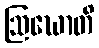
ဩဃောတိ